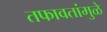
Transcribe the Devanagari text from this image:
तफावतांमुळे